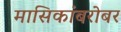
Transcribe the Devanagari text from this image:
मासिकांबरोबर